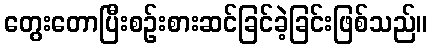
တွေးတောပြီးစဉ်းစားဆင်ခြင်ခဲ့ခြင်းဖြစ်သည်။